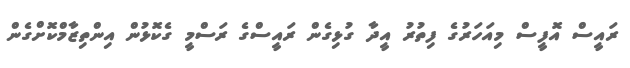
ރައީސް އޮފީސް މިއަހަރުގެ ފިތުރު އީދާ ގުޅިގެން ރައީސްގެ ރަސްމީ ގެކޮޅުން އިންތިޒާމްކޮށްގެން